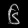
Digit: ၆